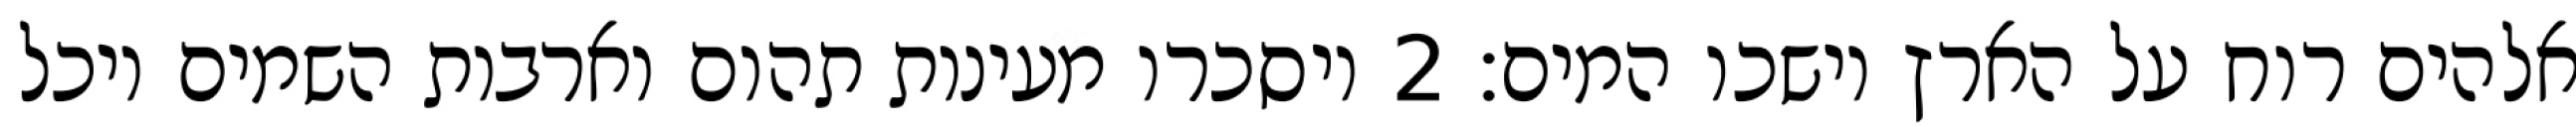
אלהים רוח על הארץ וישכו המים׃ ‎2‏ ויסכרו מעינות תהום וארבות השמים ויכל